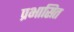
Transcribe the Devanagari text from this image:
प्रभासित